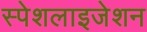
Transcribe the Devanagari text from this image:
स्पेशलाइजेशन